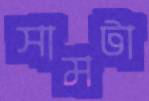
সামটা